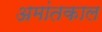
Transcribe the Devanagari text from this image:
अमांतकाल